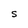
Character: S